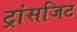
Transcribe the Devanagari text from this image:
ट्रांसजिट